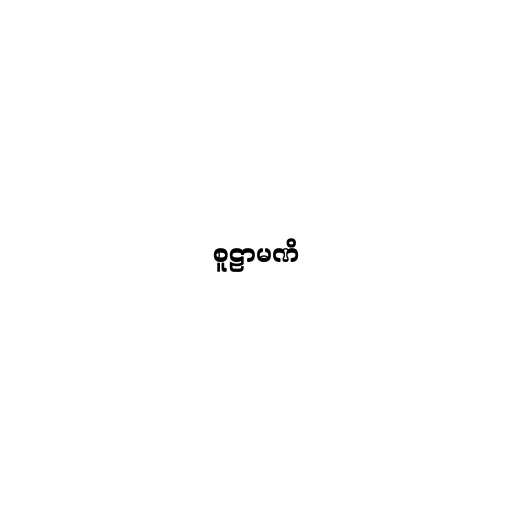
စူဠာမဏိ